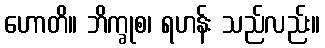
ဟောတိ။ ဘိက္ခုစ၊ ရဟန်း သည်လည်း။